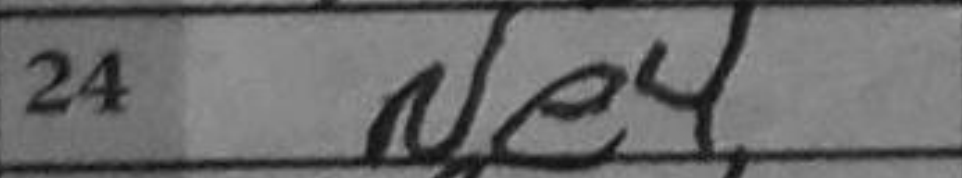
Transcription: Ne4